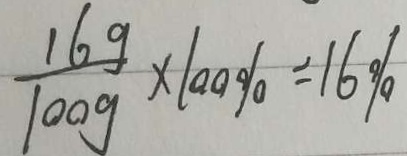
\frac { 1 6 9 } { 1 0 0 g } \times 1 0 0 \% = 1 6 \%